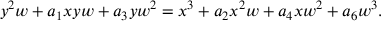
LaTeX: y ^ { 2 } w + a _ { 1 } x y w + a _ { 3 } y w ^ { 2 } = x ^ { 3 } + a _ { 2 } x ^ { 2 } w + a _ { 4 } x w ^ { 2 } + a _ { 6 } w ^ { 3 } .